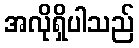
အလိုရှိပါသည်